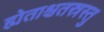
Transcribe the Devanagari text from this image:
ह्येताश्चतस्रस्तु